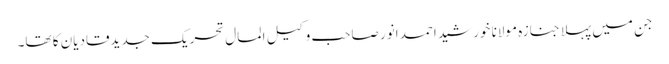
جن میں پہلا جنازہ مولانا خورشید احمد انور صاحب وکیل المال تحریک جدیدقادیان کا تھا۔